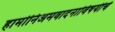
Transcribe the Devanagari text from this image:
हार्मोनिअमवादनाविषयीचे